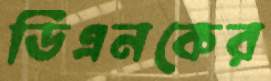
ডিএনকের